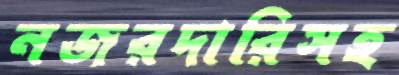
নজরদারিসহ